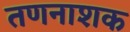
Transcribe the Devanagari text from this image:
तणनाशक